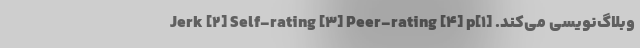
وبلاگ‌نویسی می‌کند. [۱]Jerk [۲] Self-rating [۳] Peer-rating [۴] p